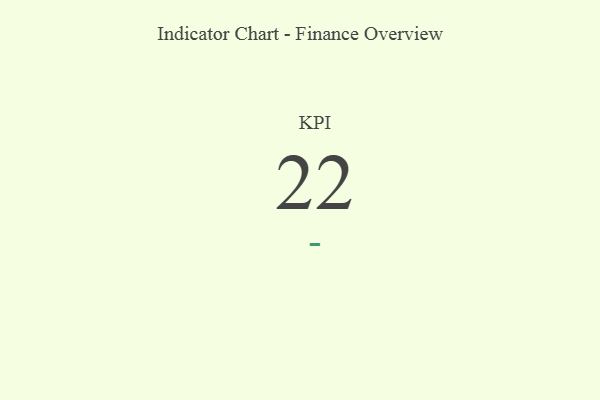
{"axis": {"x": "KPI", "y": "Value"}, "legend": [""], "data": [{"x": "KPI", "y": 22, "type": ""}]}